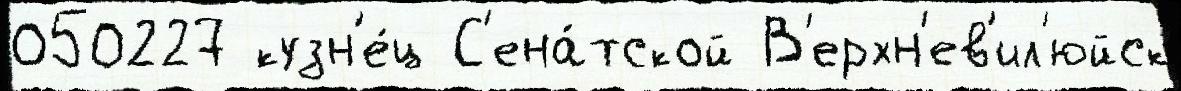
050227 кузн'е́ц С'ена́тской В'ерхн'ев'ил'юйск